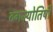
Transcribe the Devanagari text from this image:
ठगज्योतिषी